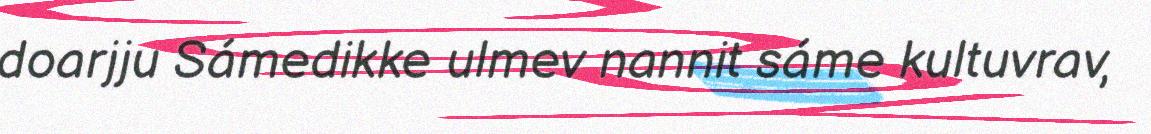
doarjju Sámedikke ulmev nannit sáme kultuvrav,